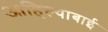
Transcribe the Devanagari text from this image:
आहिल्याबाई